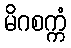
မိဂစက္ကံ